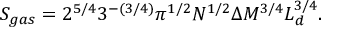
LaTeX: S _ { g a s } = 2 ^ { 5 / 4 } 3 ^ { - ( 3 / 4 ) } \pi ^ { 1 / 2 } N ^ { 1 / 2 } \Delta M ^ { 3 / 4 } L _ { d } ^ { 3 / 4 } .